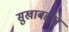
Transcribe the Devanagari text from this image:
सुखाबद्दल